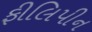
ફીલિપીન